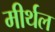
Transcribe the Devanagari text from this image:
मीर्थल